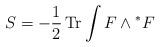
LaTeX: \begin{align*}S=-\frac{1}{2}\,{\rm Tr}\int F\wedge{^\ast F}\end{align*}